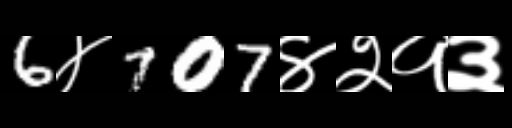
Text: 6४707४२१३